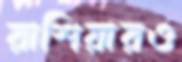
রাশিয়ারও